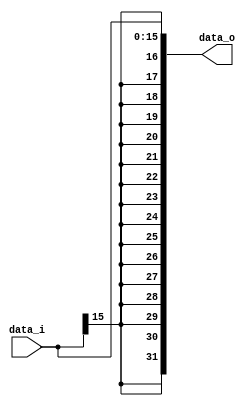
// 0516244 TAY CHUN KEAT

module Sign_Extend(
    data_i,
    data_o
);
               
//I/O ports
input   [16-1:0] data_i;
output  [32-1:0] data_o;

//Internal Signals
reg    [32-1:0] data_o;
integer k;

//Sign extended
always @(*)
begin
    data_o[15:0] <= data_i[15:0];
        for (k = 16; k < 32; k = k + 1)
            data_o[k] <= data_i[15];
end
endmodule